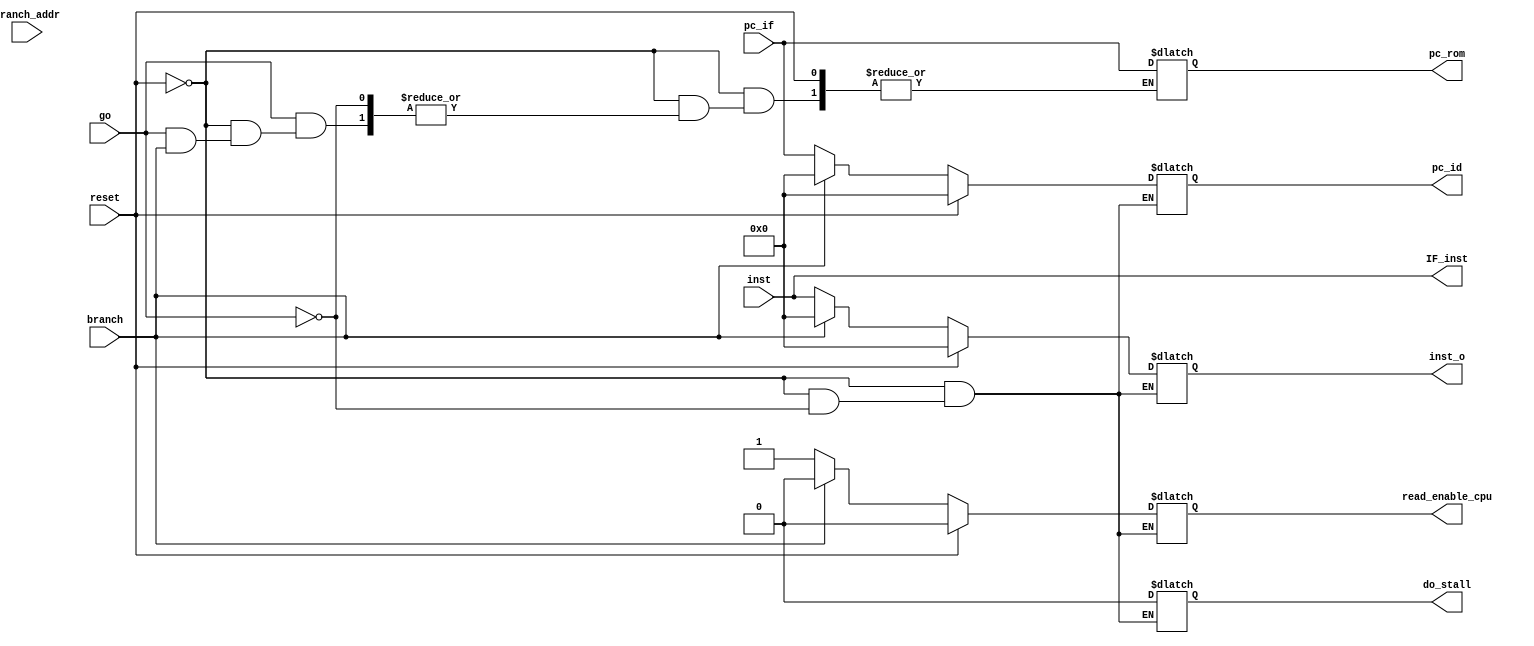
`timescale 1ns / 1ps
//////////////////////////////////////////////////////////////////////////////////
// Company: 
// Engineer: 
// 
// Design Name: 
// Module Name: IF_stage
// Project Name: 
// Target Devices: 
// Tool Versions: 
// Description: 
// 
// Dependencies: 
// 
// Revision:
// Revision 0.01 - File Created
// Additional Comments:
// 
//////////////////////////////////////////////////////////////////////////////////


module IF_stage( // Add Stall Functionality 
    input go,
    input reset,

    input [31:0] inst,
    input [31:0] pc_if,
    
    input branch,
    input [31:0] branch_addr,
    
    output reg [31:0] inst_o,
    output reg [31:0] pc_id,
    
    output reg [31:0] pc_rom, // Mostly needed for ROm
    
    output reg read_enable_cpu,

    output reg do_stall,
    
    output reg [31:0] IF_inst
    );
    // always @(*) begin
    //     if (go == 1) begin
    //         if (reset == 1) begin
    //             do_stall = 0;
    //             inst_o = 0;
    //             pc_id = 0;
    //         end
    //         else if(branch == 1) begin
    //             inst_o = inst;
    //             pc_id = branch_addr;
    //             do_stall = 0; 
    //         end
    //         else
    //             inst_o = inst;
    //             pc_id = pc_if;
    //             do_stall = 0;
    //     end    
    // end

    always @(*) begin
        if(reset == 1) begin
            inst_o = 0;
            do_stall = 0;
            pc_id = 0;
            read_enable_cpu = 0; 
        end
        else if (go == 1) begin
            if (branch == 1) begin
                inst_o = 0;
                pc_id = 0;
                do_stall = 0;
                read_enable_cpu = 0;
            end
            else begin
                pc_id = pc_if;
                pc_rom = pc_if;
                inst_o = inst;
                read_enable_cpu = 1;
                do_stall = 0;
            end
        end
    end
    
    always @(*) begin
        IF_inst = inst;
    end    
    
endmodule